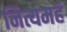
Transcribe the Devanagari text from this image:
नित्यमहं